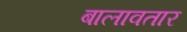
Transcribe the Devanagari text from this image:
बालावतार